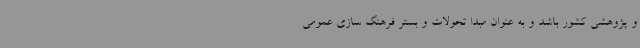
و پژوهشی کشور باشد و به عنوان مبدا تحولات و بستر فرهنگ سازی عمومی